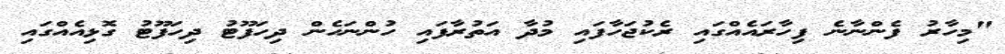
"މިހާރު ފެންނާނެ ފިހާރައެއްގައި ރެކުޖަހާފައި މުދާ އަތުރާފައި ހުންނަހެން ދިހަފޫޓު ދިހަފޫޓު ގޮޅިއެއްގައި